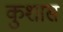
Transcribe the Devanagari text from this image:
कुशास